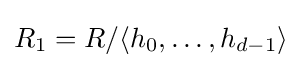
R_{1}=R/\langle h_{0},\ldots ,h_{d-1}\rangle